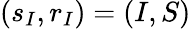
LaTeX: (s_{I},r_{I})=(I,S)